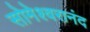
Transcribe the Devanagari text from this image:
सोमेश्वरानंद